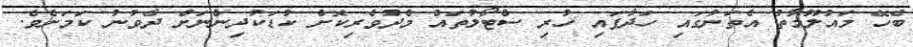
ބެހޭ މައުލޫމާތު އެތަނުގައި ހަދާފައި ހުރި ސްޓޯލުތައް މެދުވެރިކޮށް ކުޑަކުދިންނަށް ދެވުނު ކަމަށެވެ.